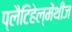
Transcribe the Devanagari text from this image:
प्लैटिहेल्मेंथीज